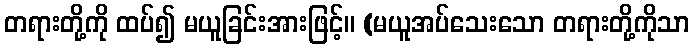
တရားတို့ကို ထပ်၍ မယူခြင်းအားဖြင့်။ (မယူအပ်သေးသော တရားတို့ကိုသာ